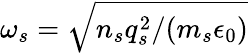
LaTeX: \omega_{s}=\sqrt{n_{s}q_{s}^{2}/(m_{s}\epsilon_{0})}